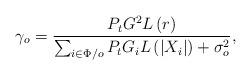
LaTeX: \begin{align*}{\gamma _o} = \frac{{{P_t}G_{}^2 L\left(r\right) }}{{\sum\nolimits_{i \in \Phi/o} {{P_t}{G_i} L\left(\left|X_i\right|\right) } + {\sigma_o^2}}}, \end{align*}